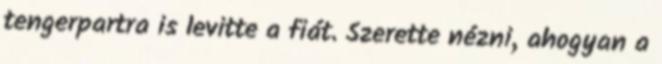
tengerpartra is levitte a fiát. Szerette nézni, ahogyan a